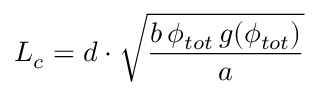
L _ { c } = d \cdot \sqrt { \frac { b \, \phi _ { t o t } \, g ( \phi _ { t o t } ) } { a } }